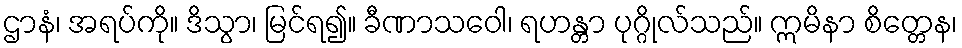
ဌာနံ၊ အရပ်ကို။ ဒိသွာ၊ မြင်ရ၍။ ခီဏာသဝေါ၊ ရဟန္တာ ပုဂ္ဂိုလ်သည်။ ဣမိနာ စိတ္တေန၊